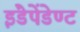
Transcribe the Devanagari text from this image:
इंडेपेंडेण्ट